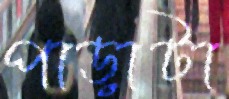
পাড়াটা